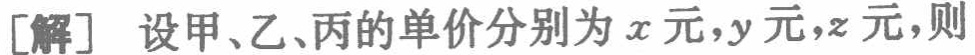
[解] 设甲、乙、丙的单价分别为\(x\)元，\(y\)元，\(z\)元，则